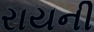
રાયની